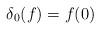
LaTeX: \begin{align*}\delta_0(f)=f(0)\end{align*}